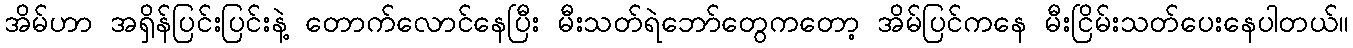
အိမ်ဟာ အရှိန်ပြင်းပြင်းနဲ့ တောက်လောင်နေပြီး မီးသတ်ရဲဘော်တွေကတော့ အိမ်ပြင်ကနေ မီးငြိမ်းသတ်ပေးနေပါတယ်။